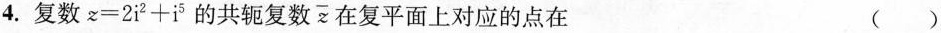
4.复数$$z = 2 i ^ { 2 } + i ^ { 5 }$$的共轭复数\bar{z} 在复平面上对应的点在 ()